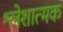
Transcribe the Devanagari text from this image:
श्लेशात्मक